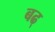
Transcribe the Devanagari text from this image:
बढ्